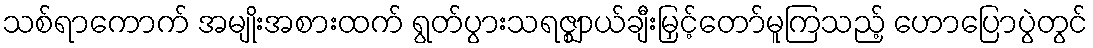
သစ်ရာကောက် အမျိုးအစားထက် ရွတ်ပွားသရဇ္ဈာယ်ချီးမြှင့်တော်မူကြသည့် ဟောပြောပွဲတွင်